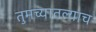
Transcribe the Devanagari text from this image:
तुमच्यातल्याच